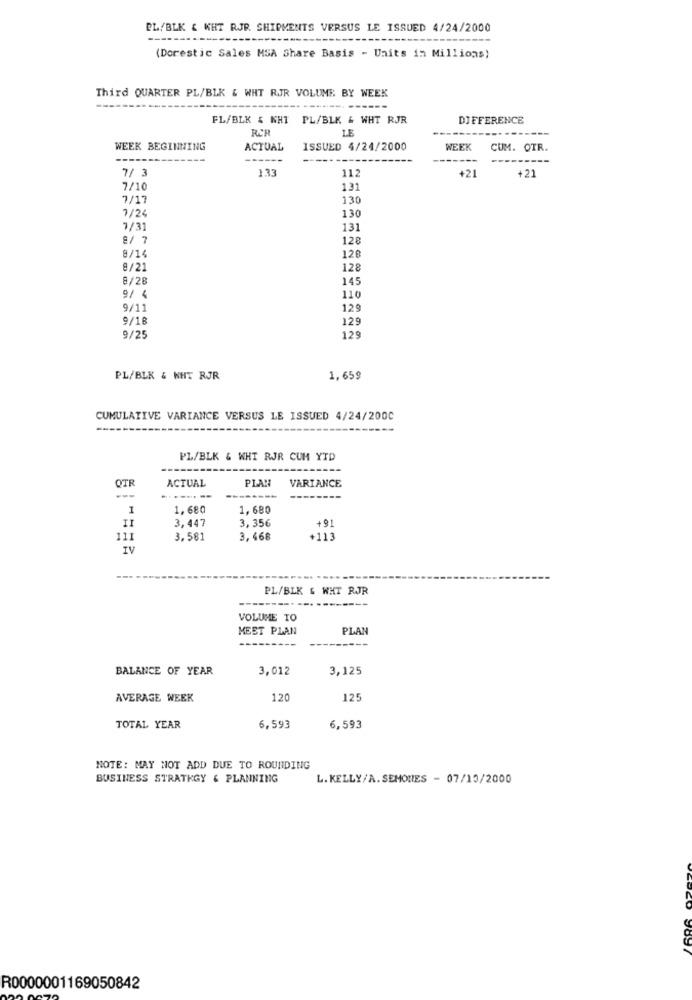
PL/BLK & KHT RJP. SHIPMENTS VERSUS LE ISSUED 4/24/2000
------
(Dorestic Sales MSA Share Basis - Units in Millions)
Third QUARTER PL/BLK & WHT RJR VOLUME BY WEEK
FL/BLK & KHT
PL/BLK & WHT RJR
DIFFERENCE
RER
LE
WEEK BEGINNING
ACTUAL
ISSUED 4/24/2000
WEEK
CUM. OTR.
7/ 3
112
+21
+21
7/10
131
7/17
130
7/24
130
7/31
131
8/ 7
128
8/14
120
8/21
128
8/28
145
9/ 4
110
9/11
129
9/18
129
9/25
129
PL/BLK & WHT RJR
1,659
CUMULATIVE VARIANCE VERSUS LE ISSUED 4/24/200C
PL/BLK & WHT RJR CUM YTD
QTR
ACTUAL
PLAN
VARIANCE
---
-----
1
1,680
1,680
II
3,447
3,356
+91
111
3.581
3,468
+113
IV
PL/BLK & WHT RJR
VOLUME TO
MEST PLAN
PLAN
-----
BALANCE OF YEAR
3,012
3,125
AVERAGE WEEK
120
125
TOTAL YEAR
6,593
6,593
NOTE: MAY NOT ADD DUE TO ROUNDING
BUSINESS STRATKGY & PLANNING
L. KELLY/A. SEMONES - 07/10/2000
R0000001169050842